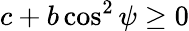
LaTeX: c+b\cos^{2}\psi\geq 0